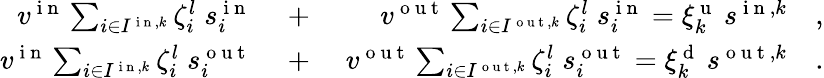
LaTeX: \begin{array}{rlr}{v^{\mathrm{~i~n~}}\sum_{i\in I^{\mathrm{~i~n~},k}}\zeta_{i}^{l}\; s_{i}^{\mathrm{~i~n~}}\; }&{{}+}&{\; v^{\mathrm{~o~u~t~}}\sum_{i\in I^{\mathrm{~o~u~t~},k}}\zeta_{i}^{l}\; s_{i}^{\mathrm{~i~n~}}=\xi_{k}^{\mathrm{~u~}}\: s^{\mathrm{~i~n~},k}\quad,}\\ {v^{\mathrm{~i~n~}}\sum_{i\in I^{\mathrm{~i~n~},k}}\zeta_{i}^{l}\; s_{i}^{\mathrm{~o~u~t~}}\; }&{{}+}&{\; v^{\mathrm{~o~u~t~}}\sum_{i\in I^{\mathrm{~o~u~t~},k}}\zeta_{i}^{l}\; s_{i}^{\mathrm{~o~u~t~}}=\xi_{k}^{\mathrm{~d~}}\: s^{\mathrm{~o~u~t~},k}\quad.}\end{array}